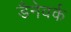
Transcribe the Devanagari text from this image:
डैनेवर्क